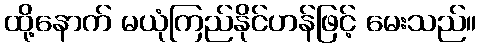
ထို့နောက် မယုံကြည်နိုင်ဟန်ဖြင့် မေးသည်။